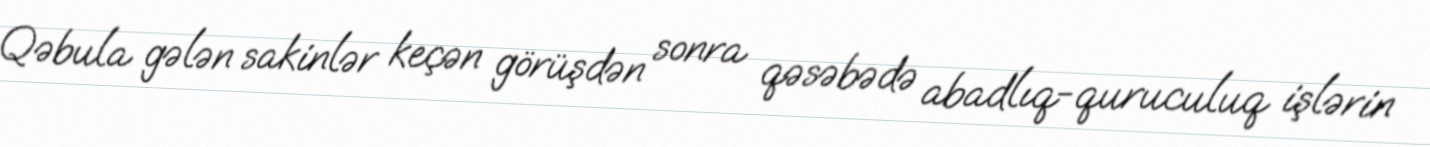
Qəbula gələn sakinlər keçən görüşdən sonra qəsəbədə abadlıq-quruculuq işlərin